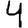
Digit: 4